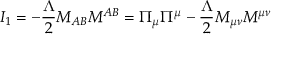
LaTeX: I _ { 1 } = - \frac { \Lambda } { 2 } M _ { A B } M ^ { A B } = \Pi _ { \mu } \Pi ^ { \mu } - \frac { \Lambda } { 2 } M _ { \mu \nu } M ^ { \mu \nu }